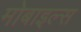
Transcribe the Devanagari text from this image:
मोबाइल्स